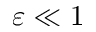
\varepsilon \ll 1